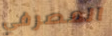
المصرفي